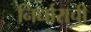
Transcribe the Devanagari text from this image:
निर्धाराची